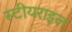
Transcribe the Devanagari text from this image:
स्टीयराइल